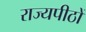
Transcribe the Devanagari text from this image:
राज्यपीठों